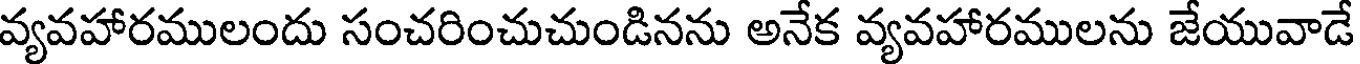
వ్యవహారములందు సంచరించుచుండినను అనేక వ్యవహారములను జేయువాడే